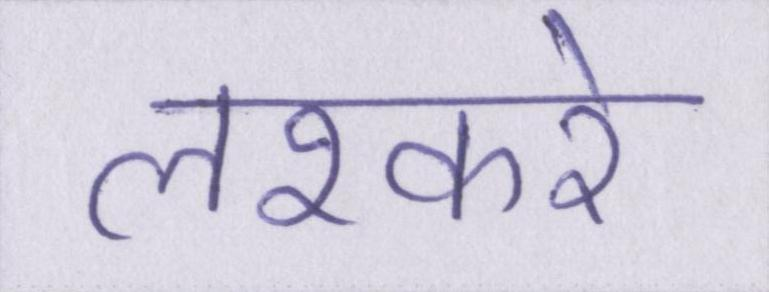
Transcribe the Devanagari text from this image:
लश्करे